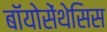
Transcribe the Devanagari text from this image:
बॉयोसेंथेसिस